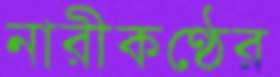
নারীকণ্ঠের